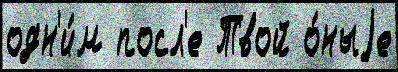
одн'и́м посл'е Твой о́ныjе